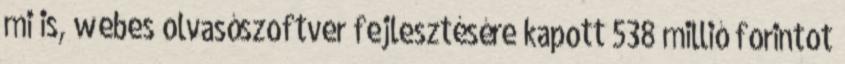
mi is, webes olvasószoftver fejlesztésére kapott 538 millió forintot